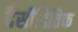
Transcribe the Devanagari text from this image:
दैसीदितिक